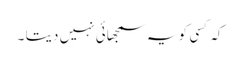
کہ کسی کو یہ سمجھائی نہیں دیتا ۔